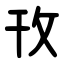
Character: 攼